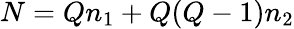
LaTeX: N=Qn_{1}+Q(Q-1)n_{2}